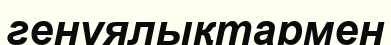
генуялықтармен